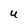
Character: U